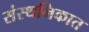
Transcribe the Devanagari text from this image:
संस्थनिकात